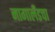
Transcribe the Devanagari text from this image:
नागालँडचा